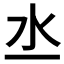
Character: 𣱲